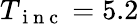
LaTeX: {T_{\mathrm{~i~n~c~}}=5.2}